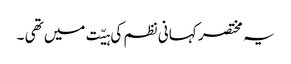
یہ مختصر کہانی نظم کی ہیّت میں تھی ۔